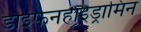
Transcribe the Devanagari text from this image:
डाईफेनहाइड्रामिन